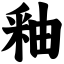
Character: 釉